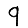
Digit: 9